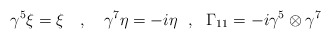
\begin{align*}\gamma^5 \xi = \xi~~~,~~~\gamma^7 \eta = - i \eta~~,~~\Gamma_{11}= -i\gamma^5 \otimes \gamma^7\end{align*}